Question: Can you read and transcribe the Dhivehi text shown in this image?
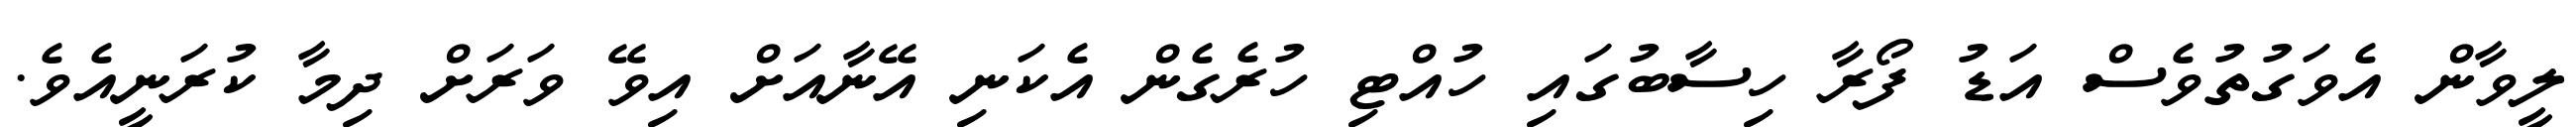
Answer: ލީވާން އެވަގުތުވެސް އަޑު ފޯރާ ހިސާބުގައި ހުއްޓި ހުރެގެން އެކަނި އޭނާއަށް އިވޭ ވަރަށް ދިމާ ކުރަނީއެވެ.